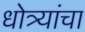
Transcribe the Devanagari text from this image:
धोत्र्यांचा